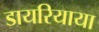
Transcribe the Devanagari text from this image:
डायरियाया